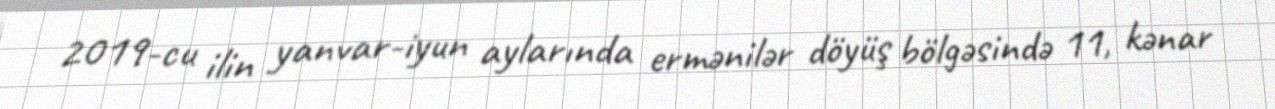
2019-cu ilin yanvar-iyun aylarında ermənilər döyüş bölgəsində 11, kənar